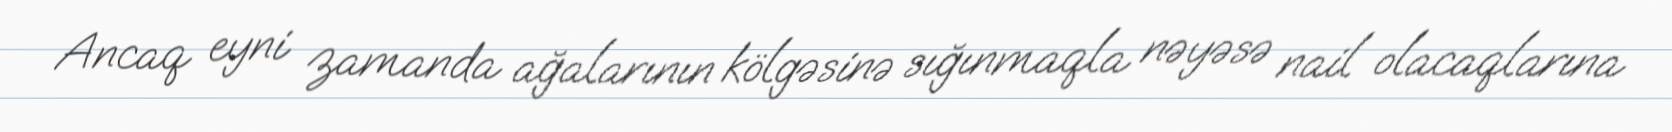
Ancaq eyni zamanda ağalarının kölgəsinə sığınmaqla nəyəsə nail olacaqlarına